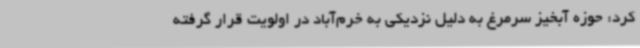
کرد: حوزه آبخیز سرمرغ به دلیل نزدیکی به خرم‌آباد در اولویت قرار گرفته